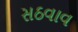
સઠવાવ